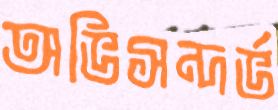
অভিসন্দর্ভ